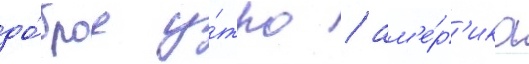
до́брое у́тро / ам'е́р'ика